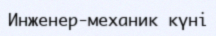
Инженер-механик күні